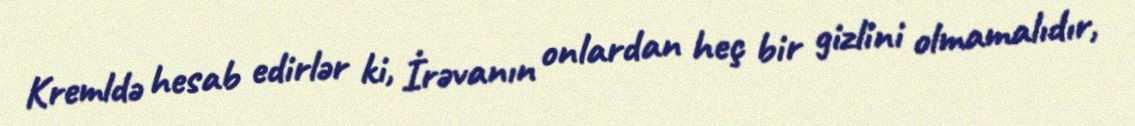
Kremldə hesab edirlər ki, İrəvanın onlardan heç bir gizlini olmamalıdır,